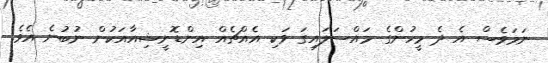
ނަމަވެސް އެ ދެ މީހުންގެ މައްސަލައިގަ ވަކި އެއްޗެއް އިންޑޮނީޝިއާއަކުން ނުބުނެ އެވެ.